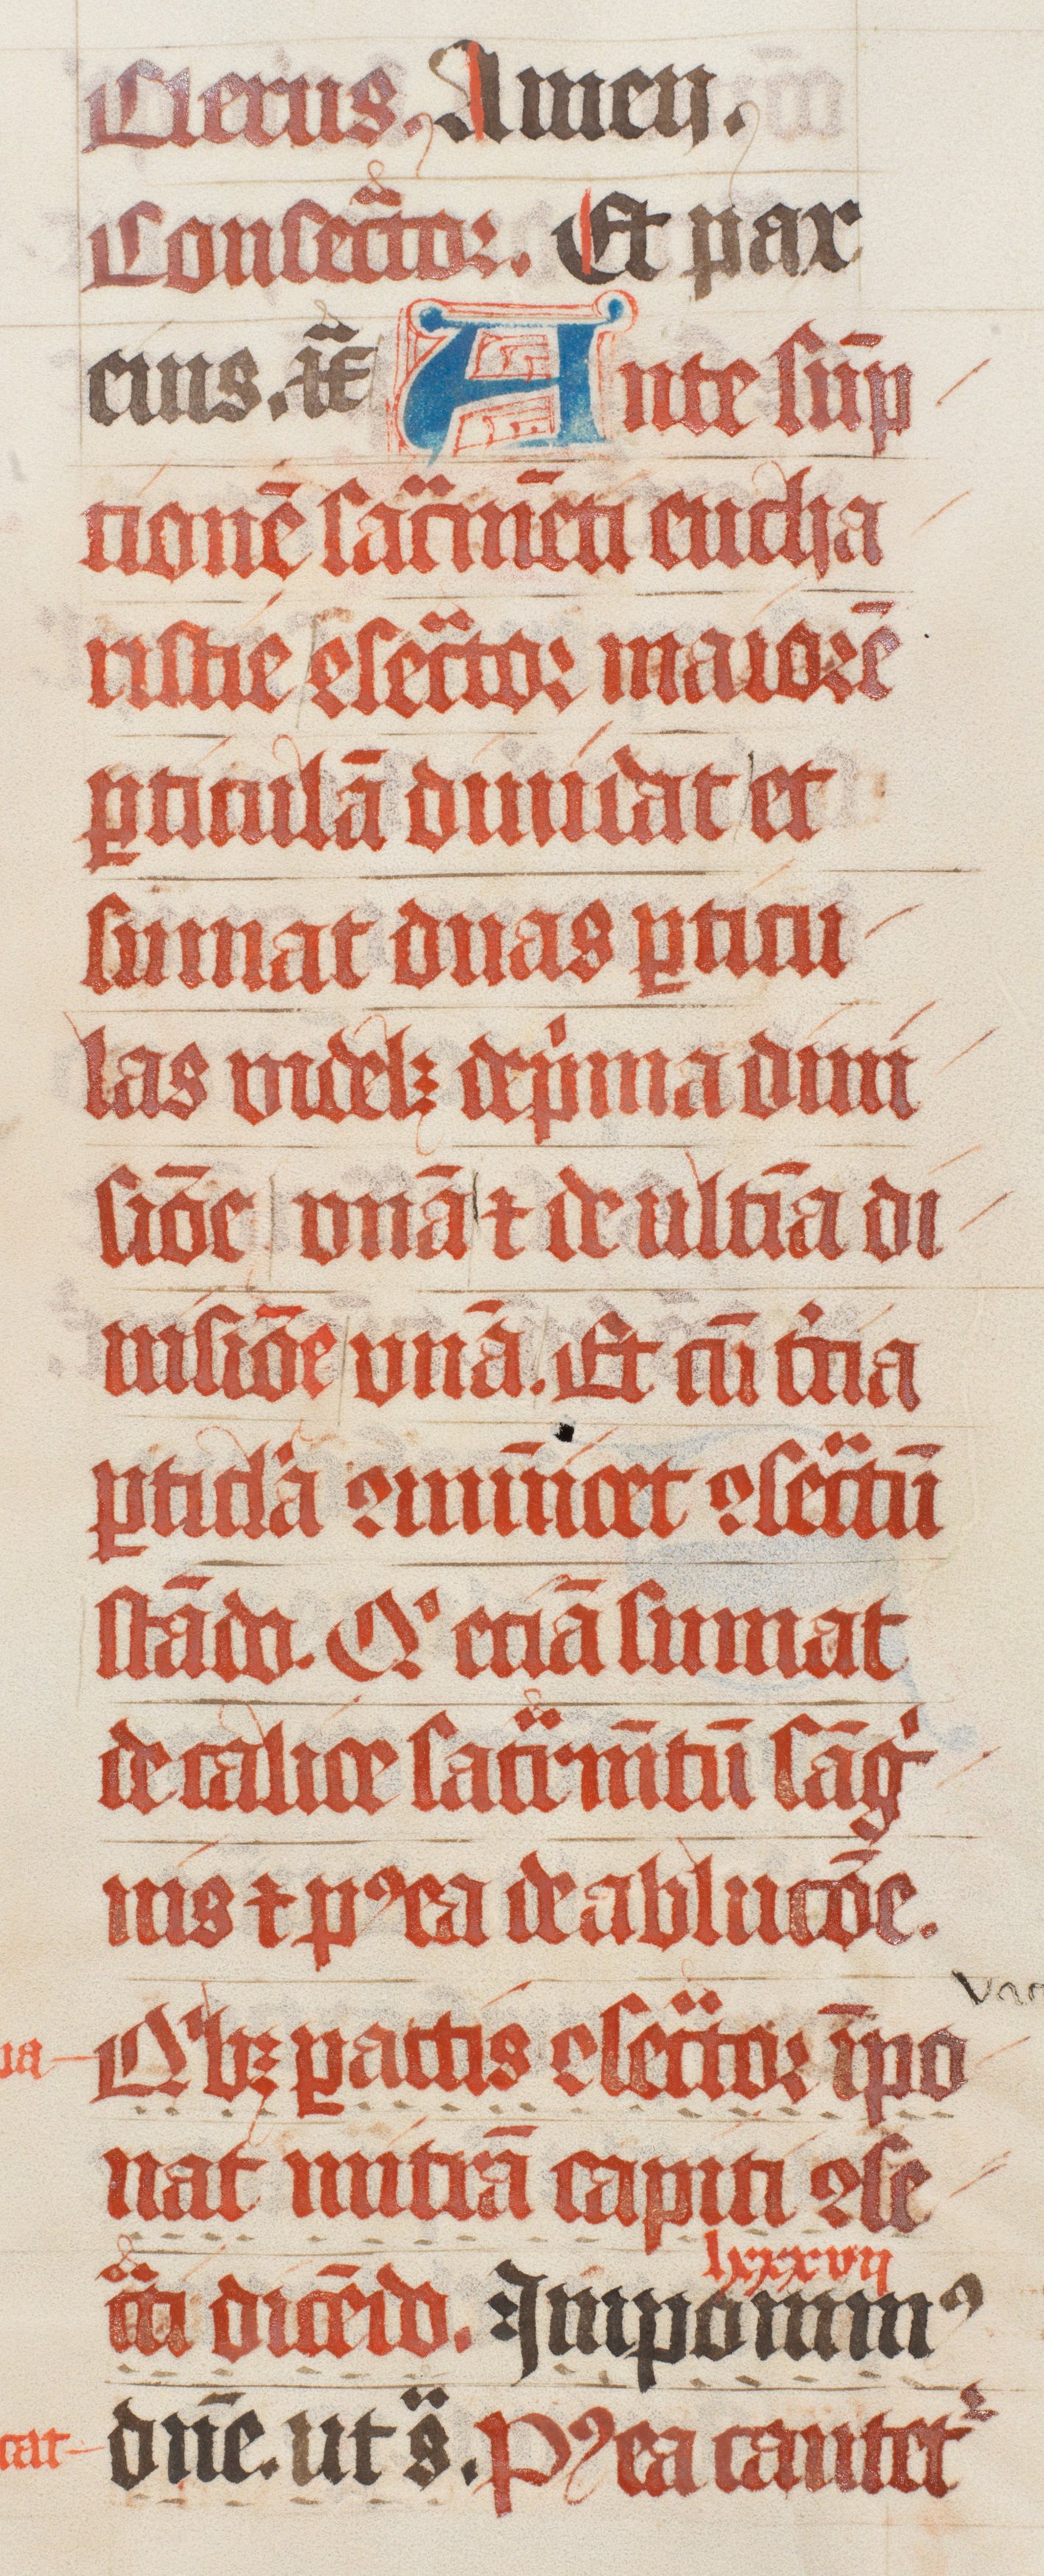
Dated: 1447–1478